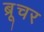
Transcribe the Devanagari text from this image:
ब्रूचर